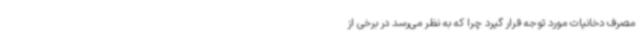
مصرف دخانیات مورد توجه قرار گیرد چرا که به نظر می‌رسد در برخی از